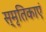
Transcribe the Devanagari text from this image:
स्मृतिकाएं